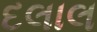
દલાલ